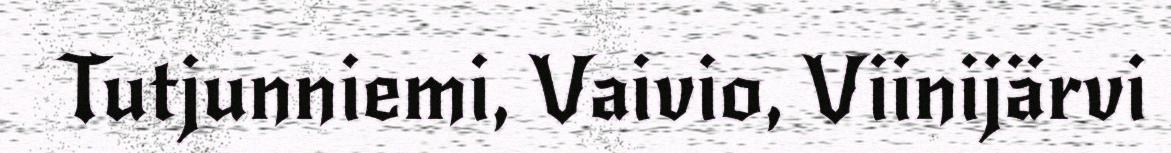
Tutjunniemi, Vaivio, Viinijärvi